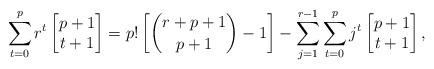
\begin{align*}\sum_{t=0}^{p} r^t \begin{bmatrix} p+1 \\ t+1 \end{bmatrix} =p! \left[ \binom{r+p+1}{p+1}- 1 \right] - \sum_{j=1}^{r-1}\sum_{t=0}^{p} j^t \begin{bmatrix} p+1 \\ t+1 \end{bmatrix},\end{align*}